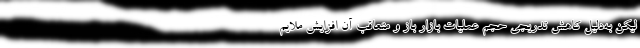
لیکن به‌دلیل کاهش تدریجی حجم عملیات بازار باز و متعاقب آن افزایش ملایم